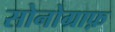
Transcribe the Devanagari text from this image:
सोनोग्राफ़